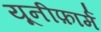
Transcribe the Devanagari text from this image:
यूनीफ़ार्म